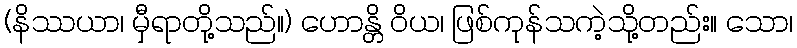
(နိဿယာ၊ မှီရာတို့သည်။) ဟောန္တိ ဝိယ၊ ဖြစ်ကုန်သကဲ့သို့တည်း။ သော၊